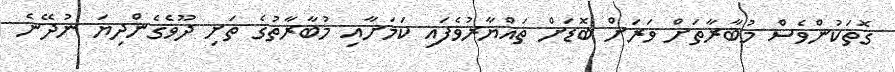
ގޮތަކުންވެސް މުބާރާތަށް ވަރަށް ބޮޑަށް ތައްޔާރުވެފައި ކަމަށާއި މުބާރާތުގެ ތަށި ދޫވެގެންދިޔަ ނުދޭނެ